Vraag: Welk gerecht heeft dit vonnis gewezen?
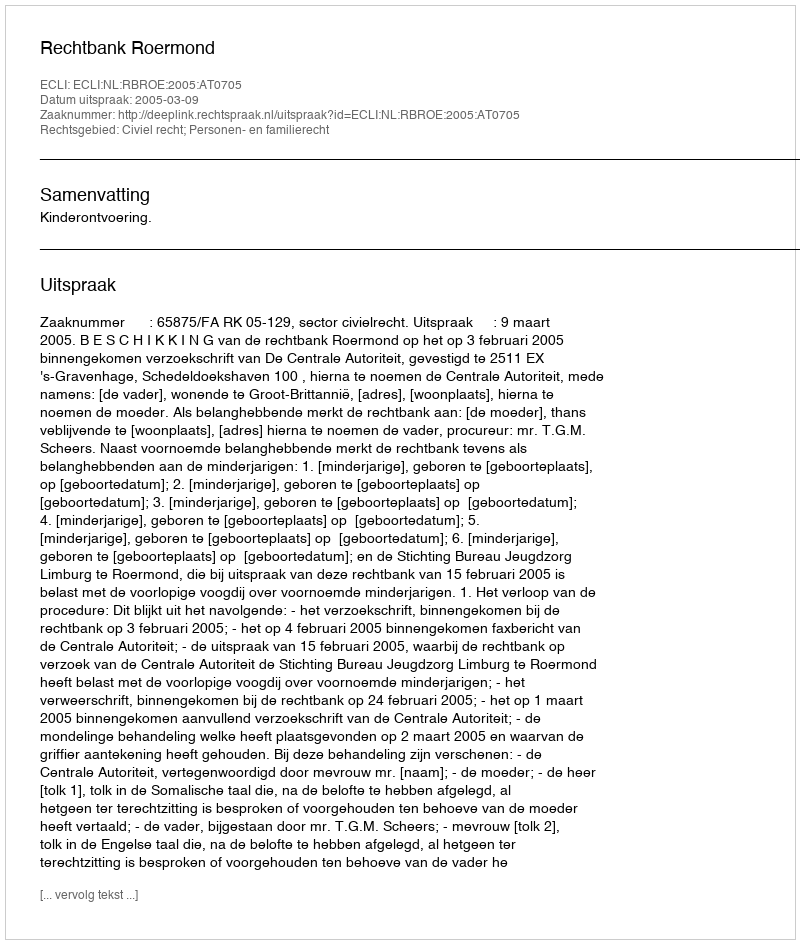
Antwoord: Rechtbank Roermond